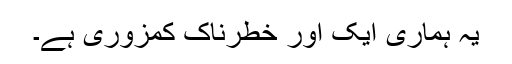
یہ ہماری ایک اور خطرناک کمزوری ہے۔